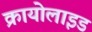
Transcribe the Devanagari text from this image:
क्रायोलाइड